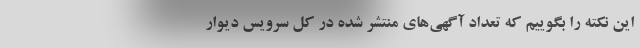
این نکته را بگوییم که تعداد آگهی‌های منتشر شده در کل سرویس دیوار